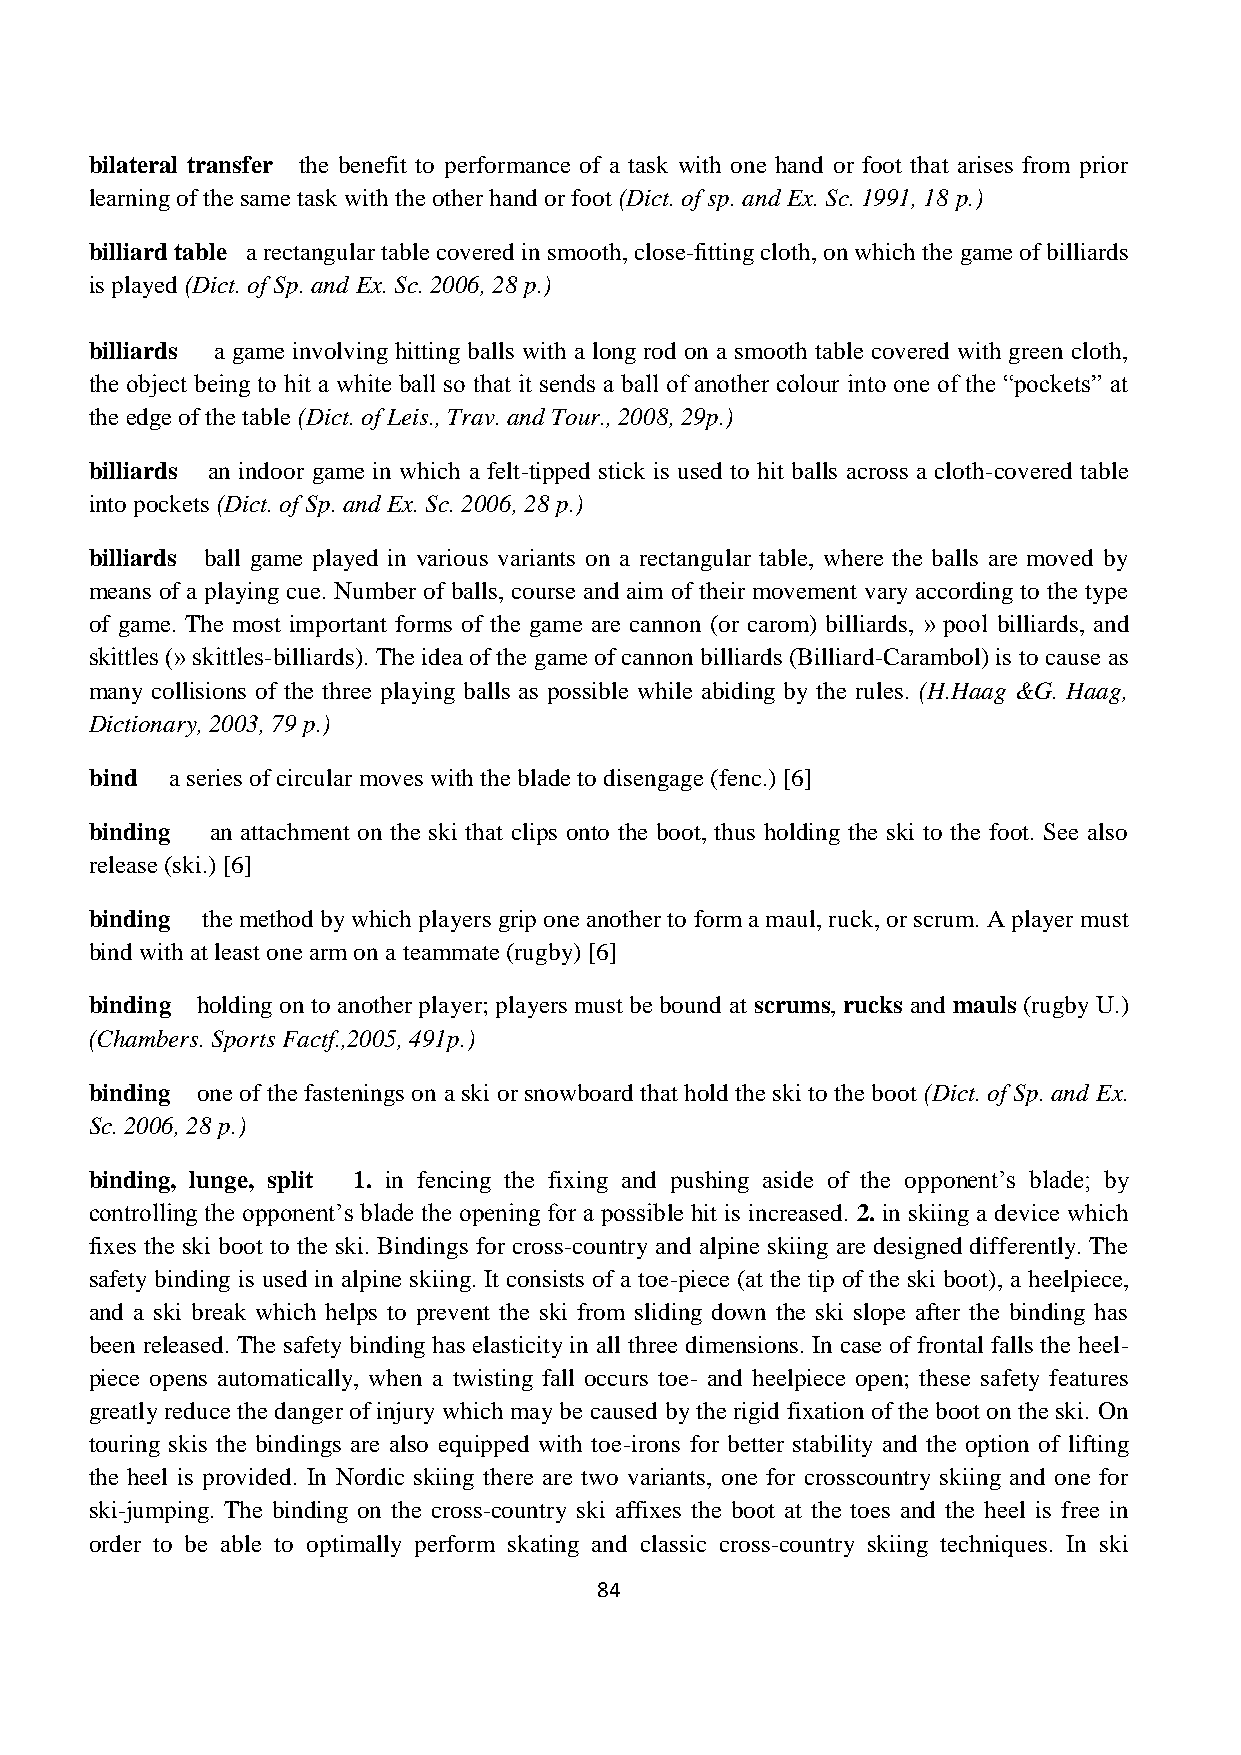
bilateral transfer the benefit to performance of a task with one hand or foot that arises from prior
 learning of the same task with the other hand or foot (Dict. of sp. and Ex. Sc. 1991, 18 p.)
 billiard table a rectangular table covered in smooth, close-fitting cloth, on which the game of billiards
 is played (Dict. of Sp. and Ex. Sc. 2006, 28 p.)
 billiards a game involving hitting balls with a long rod on a smooth table covered with green cloth,
 the object being to hit a white ball so that it sends a ball of another colour into one of the “pockets” at
 the edge of the table (Dict. of Leis., Trav. and Tour., 2008, 29p.)
 billiards an indoor game in which a felt-tipped stick is used to hit balls across a cloth-covered table
 into pockets (Dict. of Sp. and Ex. Sc. 2006, 28 p.)
 billiards ball game played in various variants on a rectangular table, where the balls are moved by
 means of a playing cue. Number of balls, course and aim of their movement vary according to the type
 of game. The most important forms of the game are cannon (or carom) billiards, » pool billiards, and
 skittles (» skittles-billiards). The idea of the game of cannon billiards (Billiard-Carambol) is to cause as
 many collisions of the three playing balls as possible while abiding by the rules. (H.Haag &G. Haag,
 Dictionary, 2003, 79 p.)
 bind a series of circular moves with the blade to disengage (fenc.) [6]
 binding an attachment on the ski that clips onto the boot, thus holding the ski to the foot. See also
 release (ski.) [6]
 binding the method by which players grip one another to form a maul, ruck, or scrum. A player must
 bind with at least one arm on a teammate (rugby) [6]
 binding holding on to another player; players must be bound at scrums, rucks and mauls (rugby U.)
 (Chambers. Sports Factf.,2005, 491p.)
 binding one of the fastenings on a ski or snowboard that hold the ski to the boot (Dict. of Sp. and Ex.
 Sc. 2006, 28 p.)
 binding, lunge, split 1. in fencing the fixing and pushing aside of the opponent’s blade; by
 controlling the opponent’s blade the opening for a possible hit is increased. 2. in skiing a device which
 fixes the ski boot to the ski. Bindings for cross-country and alpine skiing are designed differently. The
 safety binding is used in alpine skiing. It consists of a toe-piece (at the tip of the ski boot), a heelpiece,
 and a ski break which helps to prevent the ski from sliding down the ski slope after the binding has
 been released. The safety binding has elasticity in all three dimensions. In case of frontal falls the heel-
 piece opens automatically, when a twisting fall occurs toe- and heelpiece open; these safety features
 greatly reduce the danger of injury which may be caused by the rigid fixation of the boot on the ski. On
 touring skis the bindings are also equipped with toe-irons for better stability and the option of lifting
 the heel is provided. In Nordic skiing there are two variants, one for crosscountry skiing and one for
 ski-jumping. The binding on the cross-country ski affixes the boot at the toes and the heel is free in
 order to be able to optimally perform skating and classic cross-country skiing techniques. In ski
 84